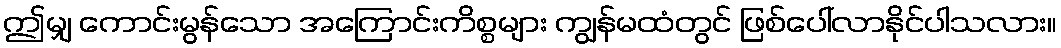
ဤမျှ ကောင်းမွန်သော အကြောင်းကိစ္စများ ကျွန်မထံတွင် ဖြစ်ပေါ်လာနိုင်ပါသလား။